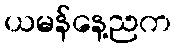
ယမန်နေ့ညက